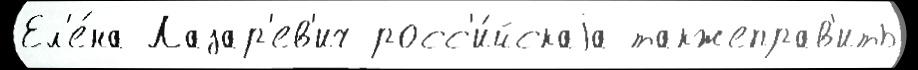
Ел'е́на Лазар'ев'ич росс'и́йскаjа такжеправ'ить